Leaving Certificate Examination, 1924
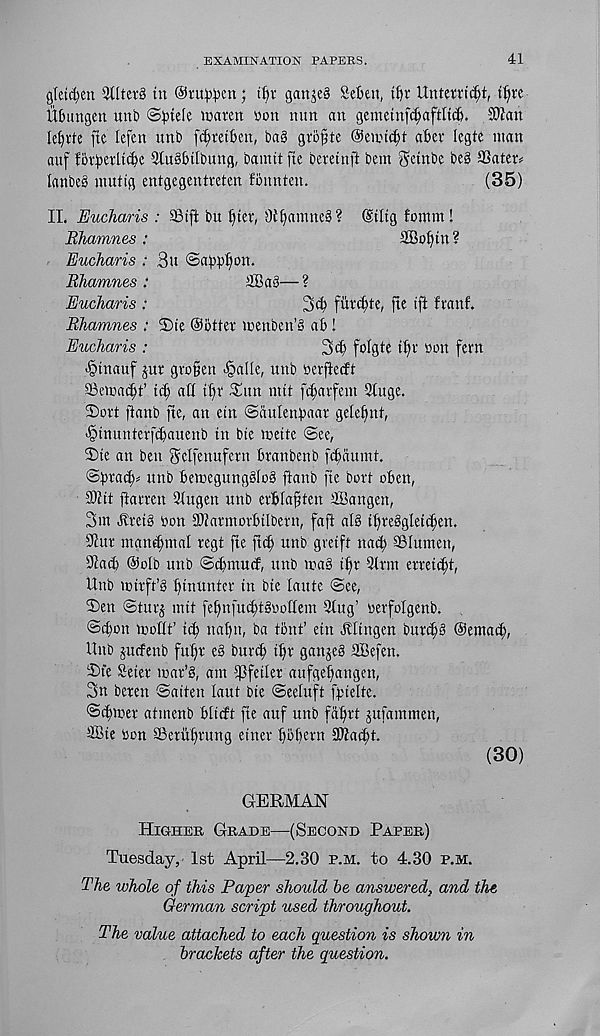
EXAMINATION PAPERS.
41
gletcfyen filters in Oru^en; tf)r ganje§ Seben, ibr Untetrttbi,
Ubungen un'D @^iefe icaren won nun an geinetnfcbnfiltcb. 3)ian
lebrte fie lefen unb f%etben, bag gvo^te ©enndjt aber legte man
auf fbrbwtifbc SluSbilbung, bainit fie beretnft bent ^ctnbe be§ SSater^
lanbeS mutig entgegentreten fonntcn.
(35)
II. Eucharis : Sift bu t)tev, 0£f)amnc§ ? @tltg fomm!
Bhamnes:
2Bo()tn?
Eucharis : 3u ©appfon.
Bhamnes :
iCaS— ?
Eucharis :
2><b finite, jte ift fcanf.
Bhamnes : 3)te Obiter menben’S ab !
Eucharis :
3tb folgte tbr won fern
-§tnauf jur gro§en §aUe, unb werfiecft
Semaibt’ id) ad tf)r ^un mit fd)arfent 9tuge.
Sort jtanb fie, an etn ©aulenbaar gelefmt,
■ §inunterf(bauenb in bte meite @ee,
Sie an ben gclfenufern branbenb f^aumt.
t&tyxafy* unb bemegungSlog ftanb fie bort oben,
9)£it ftarren 3tugen unb erbfafjten ffiangen,
3m Jtreig won Sfarmorbilbern, faft alb ibreSgletcben.
9Jur man^mal regt fie ftcb unb gveift nacb Slumen,
9iaib ©oib unb ©cbmucf, unb twa§ ifir 3trm erreicbt,
Unb mirft’g blunter in bte [ante <$ee,
Sen ©turj mit febnfu^tgwoffem Slug’ werfolgenb.
©ebon twottf i<b nabn, ba tbnf ein bllingen burib§ ©emad),
Unb judenb fubr e§ burd) ibr ganjeg SBefen.
Sfe Seier iwar’g, am
aufgebangen,
3n beren ©aiten laut bie ©eeluft fpieltc.
©cbiwer atmenb blieft fte auf unb fa|rt jufammen,
SBte won Serubrung etner bbbern Sftatbt.
(30)
GERMAN
Higher Grade—(Second Paper)
Tuesday, 1st April—2.30 p.m. to 4.30 p.m.
The whole of this Paper should be answered, and the
German script used throughout.
The value attached to each question is shown in
brackets after the question.